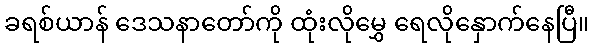
ခရစ်ယာန် ဒေသနာတော်ကို ထုံးလိုမွှေ ရေလိုနှောက်နေပြီ။